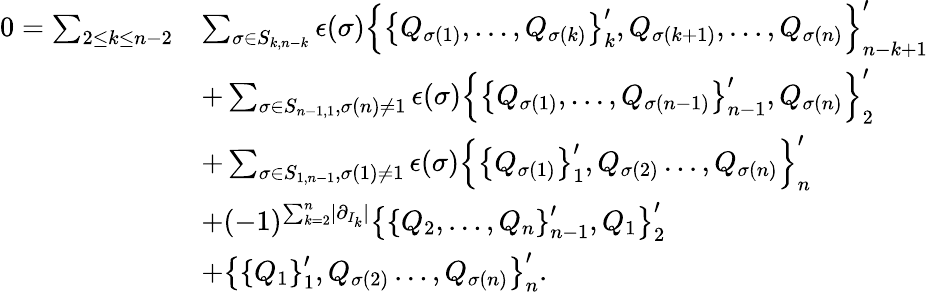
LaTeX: \begin{array}{rl}{0=\sum_{2\leq k\leq n-2}}&{\sum_{\sigma\in S_{k,n-k}}\epsilon(\sigma)\left\lbrace\left\lbrace Q_{\sigma(1)},\ldots,Q_{\sigma(k)}\right\rbrace_{k}^{\prime},Q_{\sigma(k+1)},\ldots,Q_{\sigma(n)}\right\rbrace_{n-k+1}^{\prime}}\\ &{+\sum_{\sigma\in S_{n-1,1},\sigma(n)\neq 1}\epsilon(\sigma)\left\lbrace\left\lbrace Q_{\sigma(1)},\ldots,Q_{\sigma(n-1)}\right\rbrace_{n-1}^{\prime},Q_{\sigma(n)}\right\rbrace_{2}^{\prime}}\\ &{+\sum_{\sigma\in S_{1,n-1},\sigma(1)\neq 1}\epsilon(\sigma)\left\lbrace\left\lbrace Q_{\sigma(1)}\right\rbrace_{1}^{\prime},Q_{\sigma(2)}\ldots,Q_{\sigma(n)}\right\rbrace_{n}^{\prime}}\\ &{+(-1)^{\sum_{k=2}^{n}\lvert\partial_{I_{k}}\rvert}\left\lbrace\left\lbrace Q_{2},\ldots,Q_{n}\right\rbrace_{n-1}^{\prime},Q_{1}\right\rbrace_{2}^{\prime}}\\ &{+\left\lbrace\left\lbrace Q_{1}\right\rbrace_{1}^{\prime},Q_{\sigma(2)}\ldots,Q_{\sigma(n)}\right\rbrace_{n}^{\prime}.}\end{array}